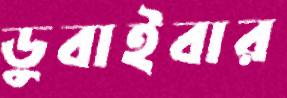
ডুবাইবার